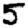
Digit: 5